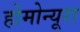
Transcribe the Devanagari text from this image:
होमोन्यूरा